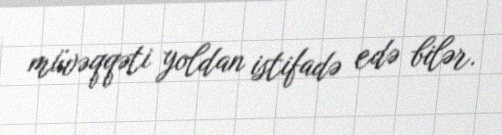
müvəqqəti yoldan istifadə edə bilər.